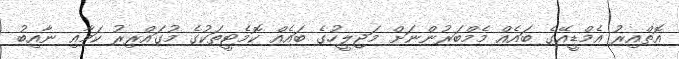
އޮތްއިރު އެމްޑީއޭގެ ބައެއް މެމްބަރުންނަށް މަޖިލީހުގެ ބައެއް ކޮމެޓީތަކުގެ މުގައްރިރު ކަމާއި ނާއިބު